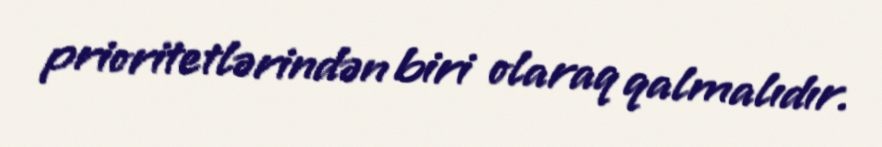
prioritetlərindən biri olaraq qalmalıdır.